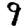
Digit: 9